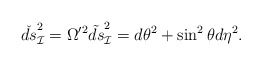
\begin{align*}\check{ds}^2_{\cal I} = \Omega'^2 \tilde{ds}^2_{\cal I} = d\theta^2+ \sin^2 \theta d \eta^2. \end{align*}